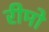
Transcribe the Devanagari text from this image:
रीमो